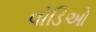
વોડિઓ